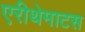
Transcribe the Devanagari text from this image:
एरीथेमाटस